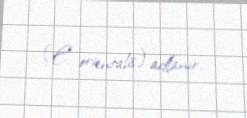
(E. orientalis) adlanır.